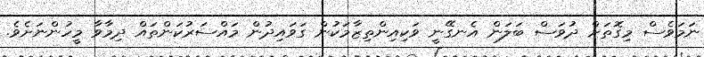
ނަމަވެސް މިގޮތަށް ދުވަސް ބަލަން އެނގޭނީ ވަކިއިންތިޒާމަކުން ގަވައިދުން މައްސަރުކަންތައް ދިމާވާ މީހުންނަށެވެ.